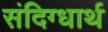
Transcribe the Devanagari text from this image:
संदिग्धार्थ